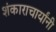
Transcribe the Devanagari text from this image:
शंकाराचार्यांनी